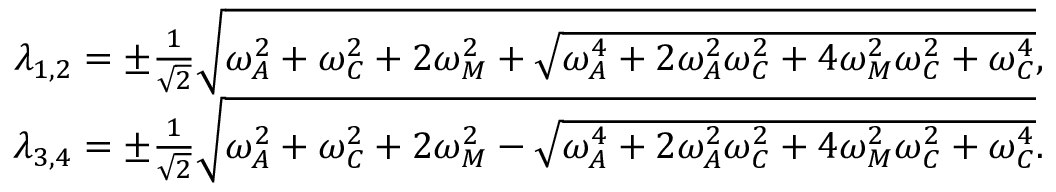
\begin{array} { r } { \lambda _ { 1 , 2 } = \pm \frac { 1 } { \sqrt { 2 } } \sqrt { \omega _ { A } ^ { 2 } + \omega _ { C } ^ { 2 } + 2 \omega _ { M } ^ { 2 } + \sqrt { \omega _ { A } ^ { 4 } + 2 \omega _ { A } ^ { 2 } \omega _ { C } ^ { 2 } + 4 \omega _ { M } ^ { 2 } \omega _ { C } ^ { 2 } + \omega _ { C } ^ { 4 } } } , } \\ { \lambda _ { 3 , 4 } = \pm \frac { 1 } { \sqrt { 2 } } \sqrt { \omega _ { A } ^ { 2 } + \omega _ { C } ^ { 2 } + 2 \omega _ { M } ^ { 2 } - \sqrt { \omega _ { A } ^ { 4 } + 2 \omega _ { A } ^ { 2 } \omega _ { C } ^ { 2 } + 4 \omega _ { M } ^ { 2 } \omega _ { C } ^ { 2 } + \omega _ { C } ^ { 4 } } } . } \end{array}